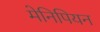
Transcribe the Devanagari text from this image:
मेनिपियन